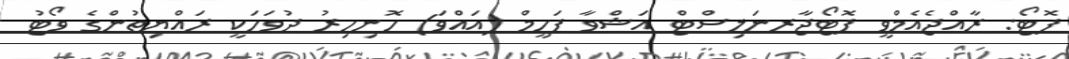
ފޮޓޯ: ރާއްޖެއެމްވީ ފޮޓޯޖާރނަލިސްޓް އަޝްވާ ފަހީމް (އައްވަ) ހޮނިހިރު ދުވަހަކީ ރައްޔިތުންގެ ވޯޓު